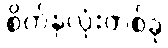
စိတ်နှလုံးတစ်ခု